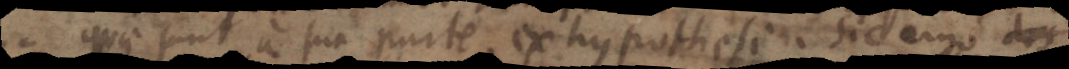
quae sunt a sua parte ex hypothesi. sic ergo des